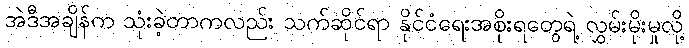
အဲဒီအချိန်က သုံးခဲ့တာကလည်း သက်ဆိုင်ရာ နိုင်ငံရေးအစိုးရတွေရဲ့ လွှမ်းမိုးမှုလို့